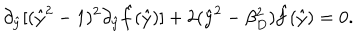
LaTeX: \partial _ { \hat { y } } [ ( \hat { y } ^ { 2 } - 1 ) ^ { 2 } \partial _ { \hat { y } } \hat { f } ( \hat { y } ) ] + 2 ( \hat { y } ^ { 2 } - \beta _ { D } ^ { 2 } ) \hat { f } ( \hat { y } ) = 0 .